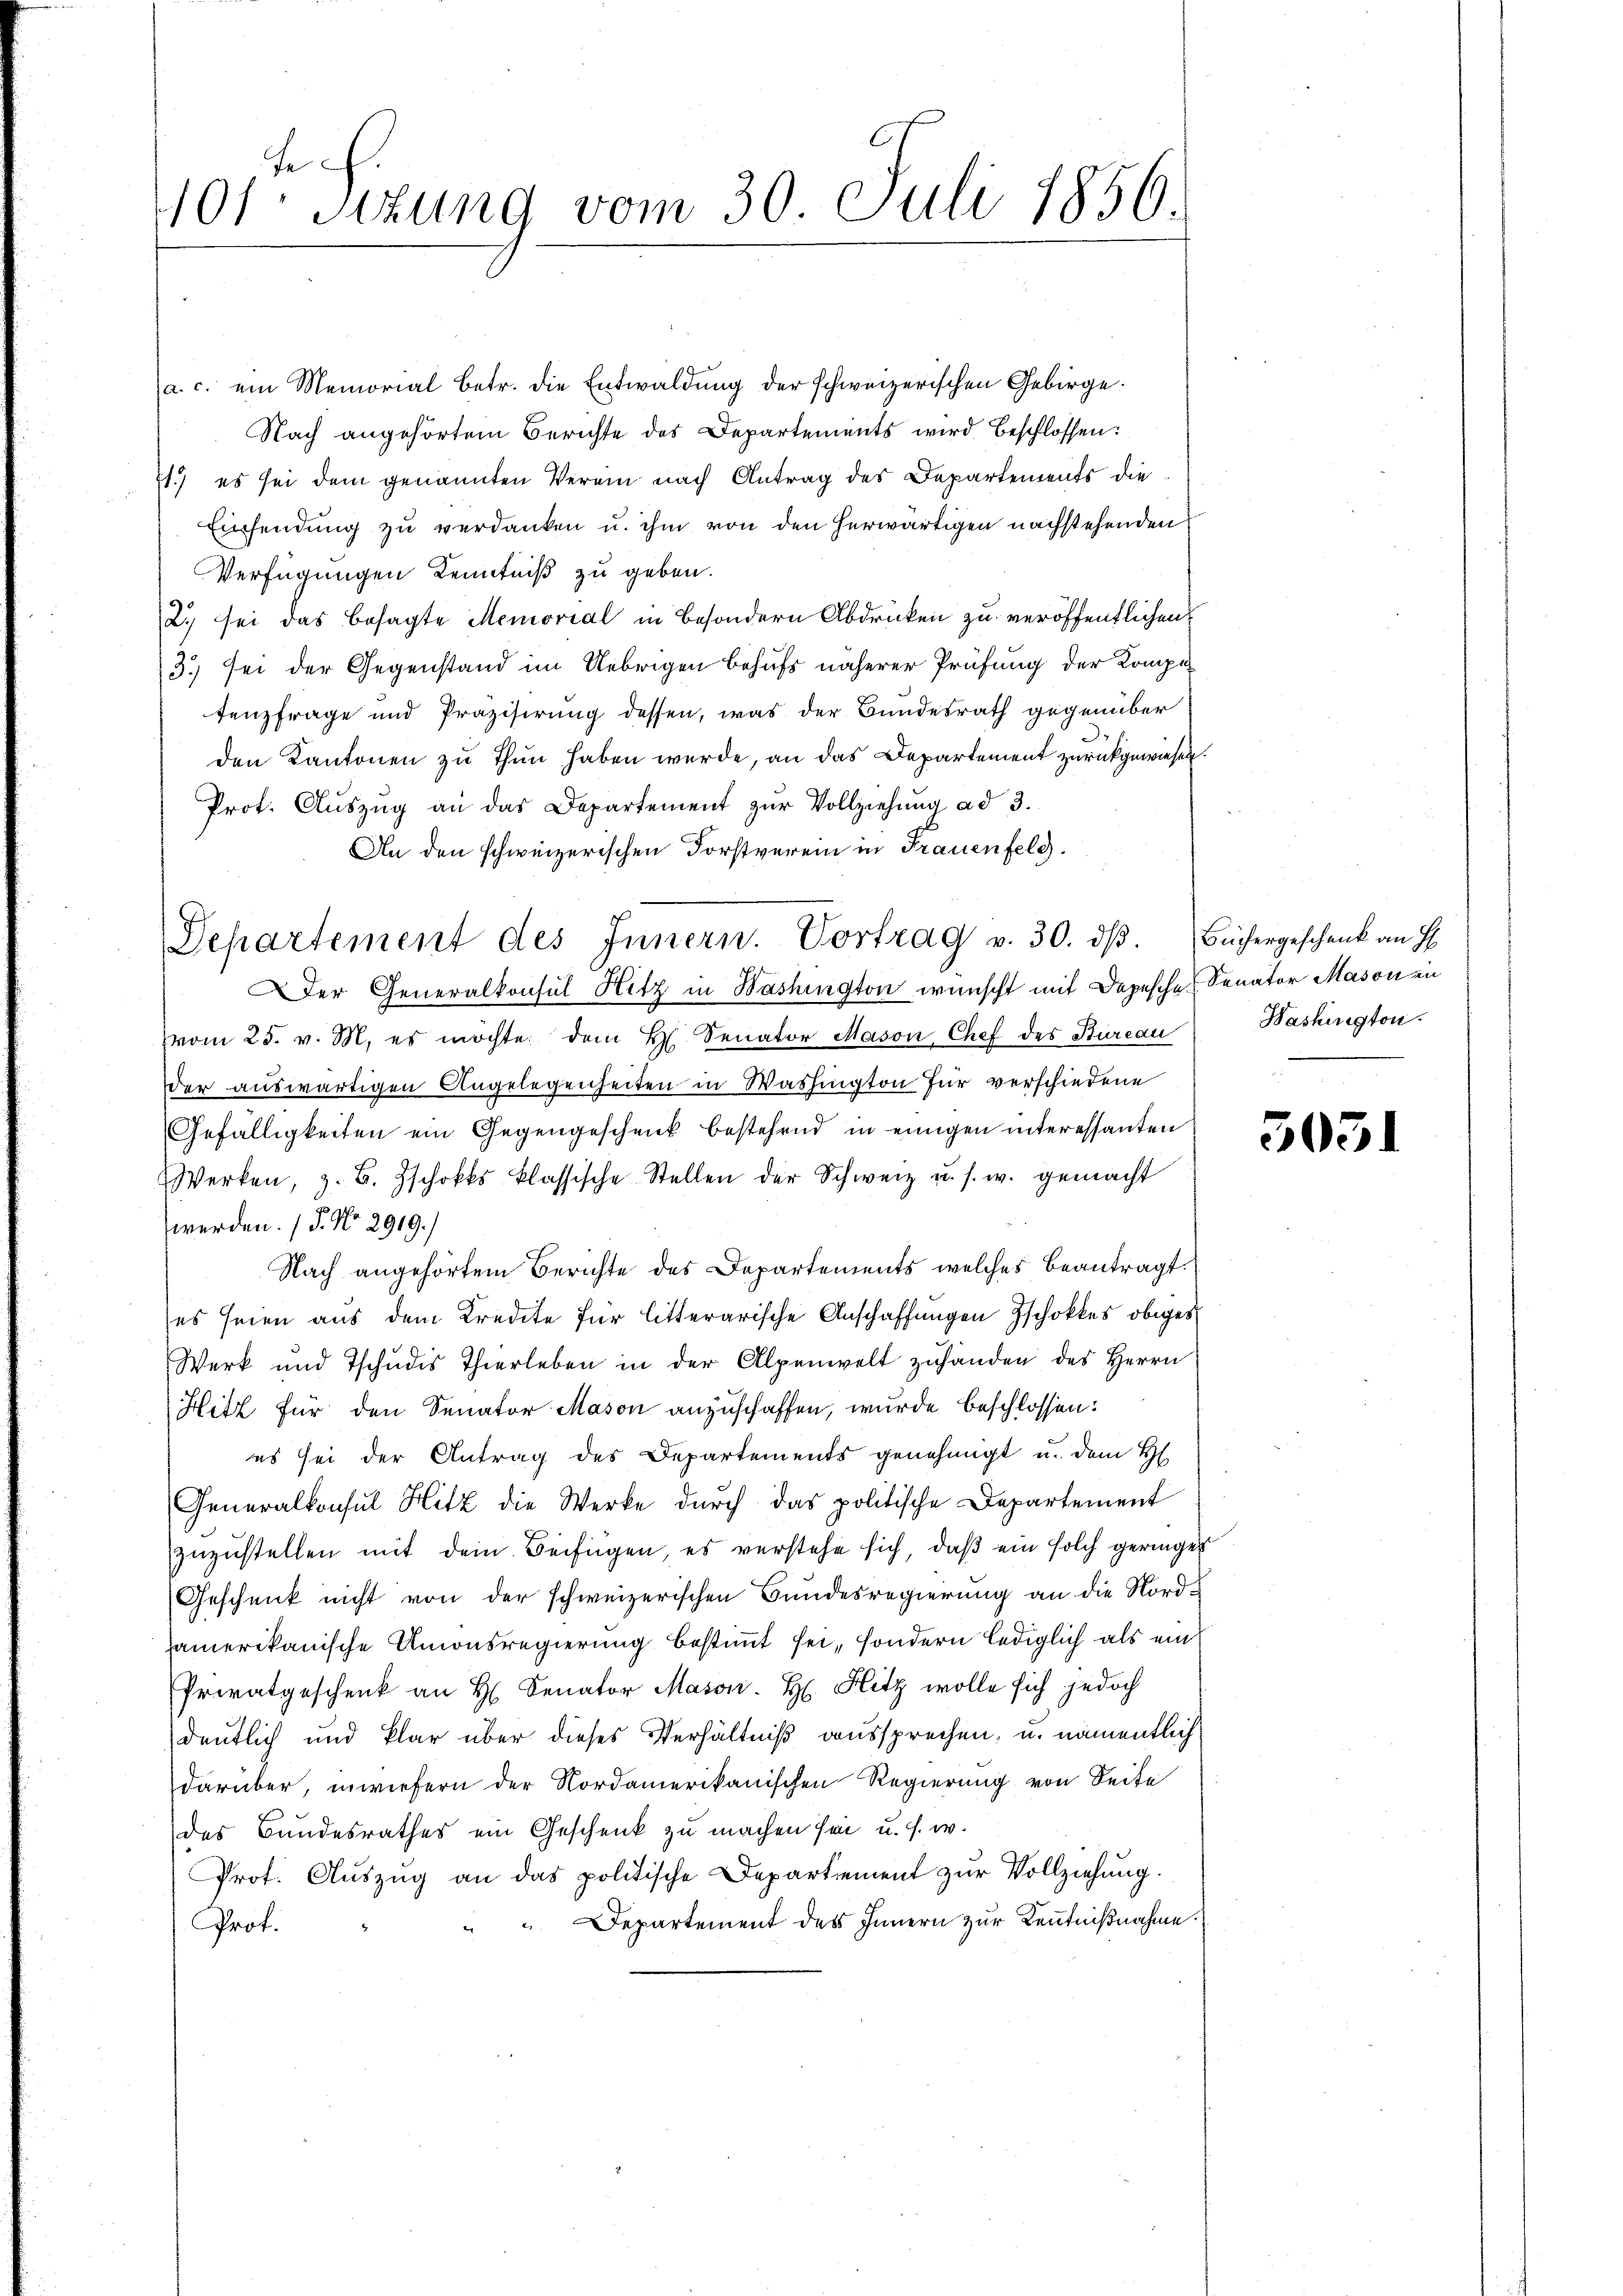
e
101 sizung vom 30. Juli 1856

Departement des Innern. Vortrag v. 30. dβ. Büchergeschenk an H

a. c. ein Memorial betr. die Entwaldung der schweizerischen Gebirge.
Nach angehörtem Berichte des Departements wird beschlossen:
71.) es sei dem genannten Verein nach Antrag des Departements die
Einsendung zu verdanken u. ihm von den herwärtigen nachstehenden
Verfügungen Kenntniß zu geben.
2.) sei das besagte Memorial in Besondern Abdrücken zu veröffentlichen
3.) sei der Gegenstand im Uebrigen behufs näherer Prüfung der Kompetenzfrage und Präzisirung dessen, was der Bundesrath gegenüber
den Kantonen zu Thun haben werde, an das Departement zurückgewiesen.
Prot. Aŭszŭg an das Departement zŭr Vollziehŭng ad 3.
An den schweizerischen Forstverein in Frauenfeld.
Der Generalkonsul Hitz in Bashington wünscht mit Depesche Senator Mason in
vom 25. v. M. es möchte dem H. Senator Mason Chef des Bureau
der auswärtigen Angelegenheiten in Washington für verschiedene
Gefälligkeiten ein Gegengeschenk bestehend in einigen interessanten
Werken, z. B. Zschokks klassische Stellen der Schweiz u. s. w. gemacht
werden. (T. No. 2919.)
Nach angehörtem Berichte des Departements welches beantragt.
(es seien aus dem Kredite für litterarische Anschaffungen schokkes obiges
Werk und Tschudis Thierleben in der Alpenwelt zuhänden des Herrn
Hitz für den Senator Mason anzuschaffen, wurde beschlossen:
es sei der Antrag des Departements genehmigt u. dem H
Generalkonsul Hitz die Werke dŭrch das politische Departement
zuzustellen mit dem Beifügen, es verstehe sich, daß ein solch geringer
Geschenk nicht von der schweizerischen Bundesregierung an die Nordhamerikanische Anonsregierung bestimmt sei, sondern lediglich als ein
Privatgeschenk an H. Senator Mason. H. Hitz wolle sich jedoch
deutlich und klar über dieses Verhältniß aussprechen, u. namentlich
darüber, inwiefern der Nordamerikanischen Regierung von Seite
des Bundesrathes ein Geschenk zu machen sei, u. s. w.
Prof. Auszug an das politische Departement zur Vollziehung.
 Departement des Innern zur Kenntnißnahme.
Prof.

Washington

305